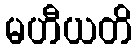
မဟီယတိ